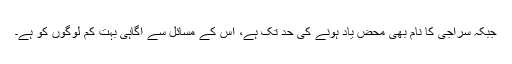
جبکہ سراجی کا نام بھی محض یاد ہونے کی حد تک ہے، اس کے مسائل سے آگاہی بہت کم لوگوں کو ہے۔